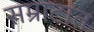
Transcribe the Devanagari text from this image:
सम्राटात